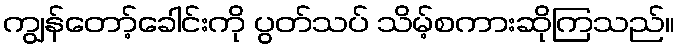
ကျွန်တော့်ခေါင်းကို ပွတ်သပ် သိမ့်စကားဆိုကြသည်။